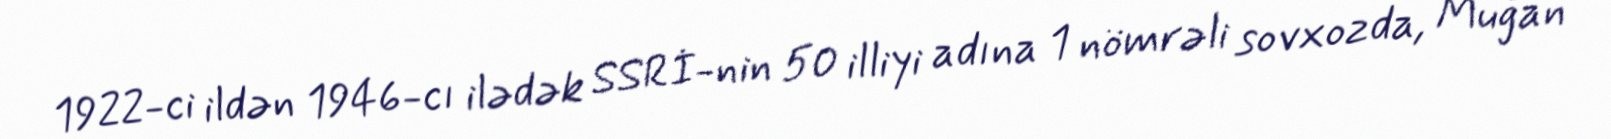
1922-ci ildən 1946-cı ilədək SSRİ-nin 50 illiyi adına 1 nömrəli sovxozda, Muğan